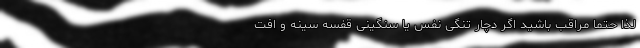
لذا حتما مراقب باشید اگر دچار تنگی نفس یا سنگینی قفسه سینه و افت